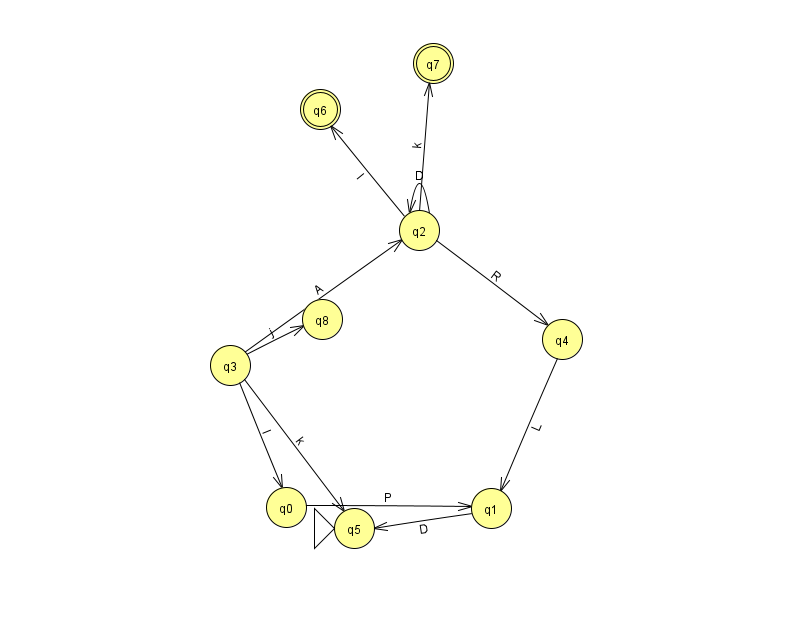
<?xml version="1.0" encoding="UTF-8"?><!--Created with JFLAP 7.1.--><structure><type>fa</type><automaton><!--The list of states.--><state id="0" name="q0"><x>286.0</x><y>494.0</y></state><state id="1" name="q1"><x>491.0</x><y>495.0</y></state><state id="2" name="q2"><x>419.0</x><y>217.0</y></state><state id="3" name="q3"><x>230.0</x><y>352.0</y></state><state id="4" name="q4"><x>562.0</x><y>326.0</y></state><state id="5" name="q5"><x>354.0</x><y>515.0</y><initial/></state><state id="6" name="q6"><x>320.0</x><y>96.0</y><final/></state><state id="7" name="q7"><x>433.0</x><y>50.0</y><final/></state><state id="8" name="q8"><x>322.0</x><y>306.0</y></state><!--The list of transitions.--><transition><from>3</from><to>2</to><read>A</read></transition><transition><from>2</from><to>2</to><read>D</read></transition><transition><from>2</from><to>4</to><read>R</read></transition><transition><from>3</from><to>0</to><read>I</read></transition><transition><from>3</from><to>5</to><read>k</read></transition><transition><from>0</from><to>1</to><read>P</read></transition><transition><from>2</from><to>7</to><read>k</read></transition><transition><from>2</from><to>6</to><read>l</read></transition><transition><from>3</from><to>8</to><read>j</read></transition><transition><from>4</from><to>1</to><read>L</read></transition><transition><from>1</from><to>5</to><read>D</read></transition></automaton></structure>